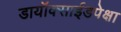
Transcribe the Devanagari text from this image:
डायॉक्साईडपेक्षा